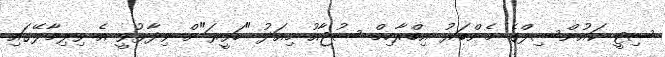
ސިޓީ ކައުންސިލްގެ މެންބަރު އިބްރާހިމް ސުޖާއު މިއަދު "ހަވީރަ"ށް ވިދާޅުވީ އެ ވިލިމާލޭގައި